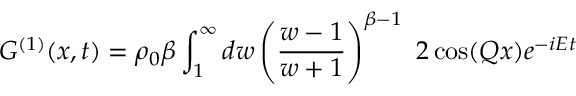
G ^ { ( 1 ) } ( x , t ) = \rho _ { 0 } \beta \int _ { 1 } ^ { \infty } d w \left( { \frac { w - 1 } { w + 1 } } \right) ^ { \beta - 1 } \ 2 \cos ( Q x ) e ^ { - i E t }